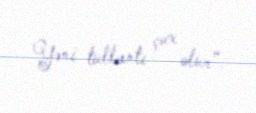
Yəni tullantı çox olur”.